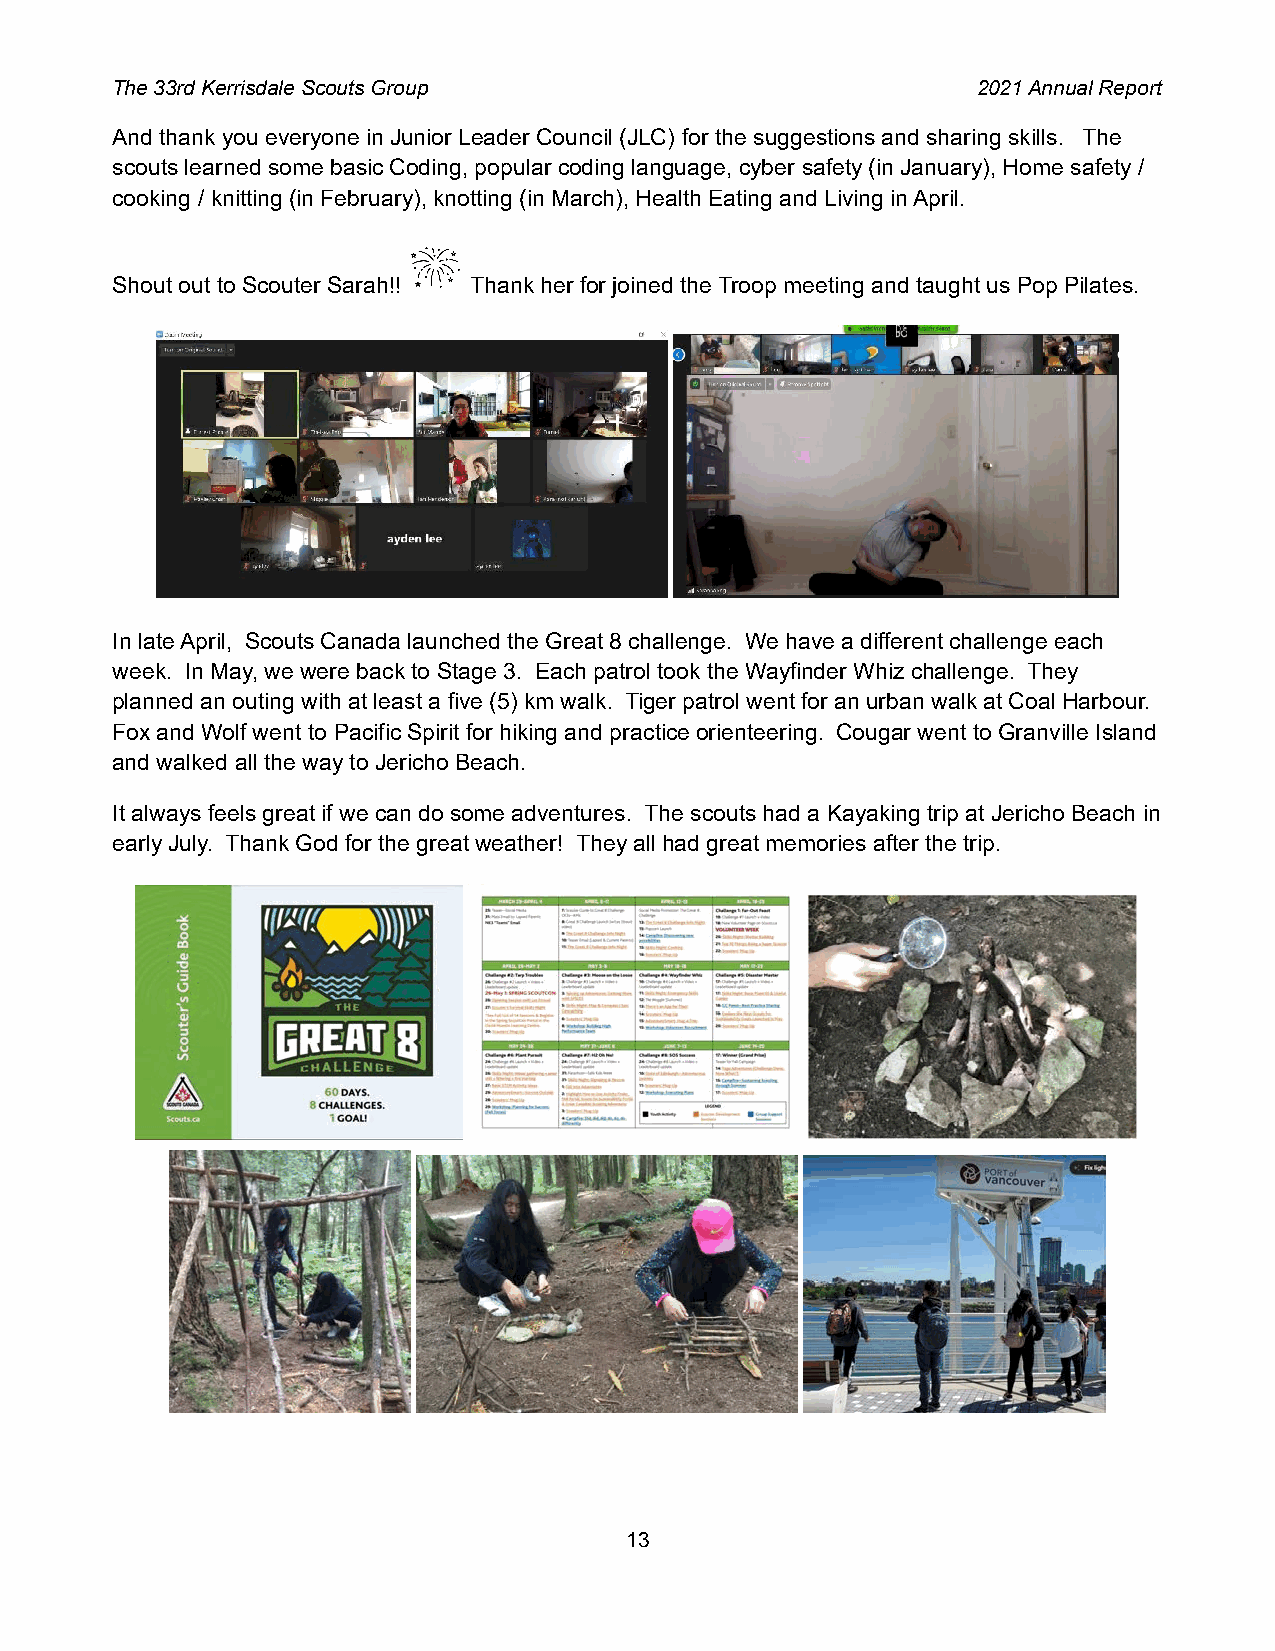
The 33rd Kerrisdale Scouts Group                          2021 Annual Report
 And thank you everyone in Junior Leader Council (JLC) for the suggestions and sharing skills. The
 scouts learned some basic Coding, popular coding language, cyber safety (in January), Home safety /
 cooking / knitting (in February), knotting (in March), Health Eating and Living in April.
 Shout out to Scouter Sarah!! Thank her for joined the Troop meeting and taught us Pop Pilates.
 In late April, Scouts Canada launched the Great 8 challenge. We have a different challenge each
 week. In May, we were back to Stage 3. Each patrol took the Wayfinder Whiz challenge. They
 planned an outing with at least a five (5) km walk. Tiger patrol went for an urban walk at Coal Harbour.
 Fox and Wolf went to Pacific Spirit for hiking and practice orienteering. Cougar went to Granville Island
 and walked all the way to Jericho Beach.
 It always feels great if we can do some adventures. The scouts had a Kayaking trip at Jericho Beach in
 early July. Thank God for the great weather! They all had great memories after the trip.
 13